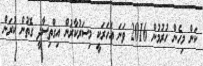
ކަން މިހެން ހުރުމުން 2016 ވަނަ އަހަރަކީ މިސަަރުކާރުން އިގްތިސާދީ ގޮތުން ކުރަން